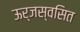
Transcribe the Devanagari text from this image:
ऊर्जस्वसित